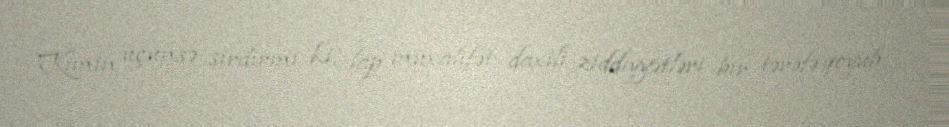
Kimin üçünsə sirdirmi ki, lap müxalifət daxili ziddiyyətləri bir tərəfə qoyub